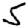
Digit: 5